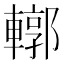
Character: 𨎎